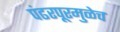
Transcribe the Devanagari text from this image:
पंढरपूरमुळेच